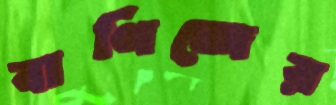
বাণিজের